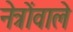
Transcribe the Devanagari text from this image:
नेत्रोंवाले